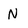
Character: N